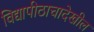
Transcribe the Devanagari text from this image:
विद्यापीठाचादेखील